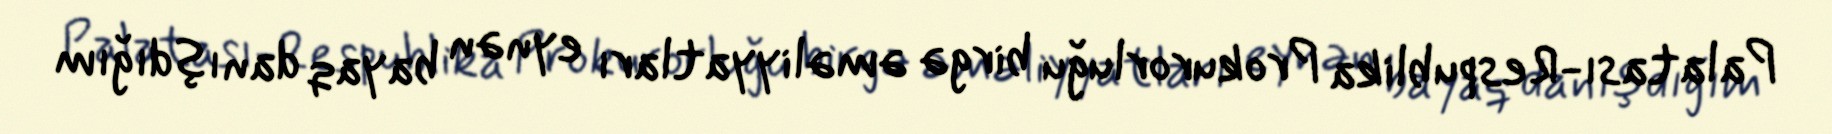
Palatası-Respublika Prokurorluğu birgə əməliyyatları eynən bayaq danışdığım